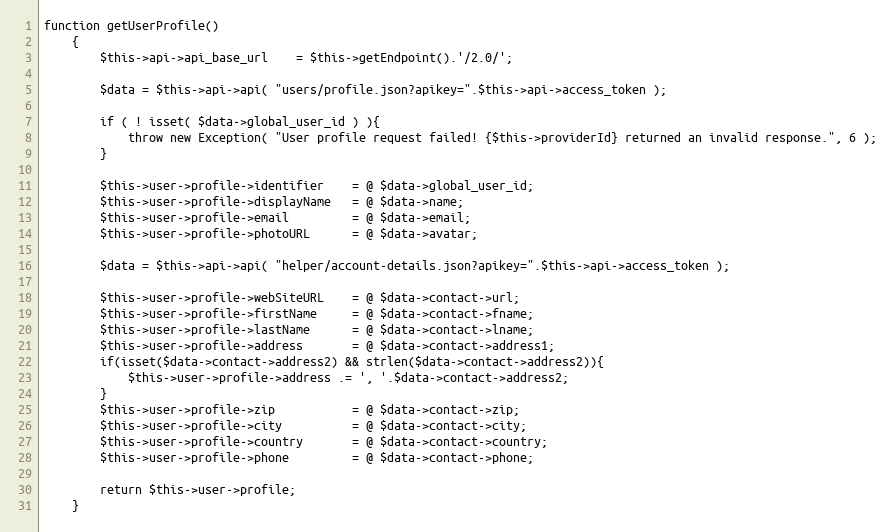
Language: PHP
function getUserProfile()
    {
        $this->api->api_base_url    = $this->getEndpoint().'/2.0/';

        $data = $this->api->api( "users/profile.json?apikey=".$this->api->access_token );

        if ( ! isset( $data->global_user_id ) ){
            throw new Exception( "User profile request failed! {$this->providerId} returned an invalid response.", 6 );
        }

        $this->user->profile->identifier    = @ $data->global_user_id;
        $this->user->profile->displayName   = @ $data->name;
        $this->user->profile->email         = @ $data->email;
        $this->user->profile->photoURL      = @ $data->avatar;

        $data = $this->api->api( "helper/account-details.json?apikey=".$this->api->access_token );

        $this->user->profile->webSiteURL    = @ $data->contact->url;
        $this->user->profile->firstName     = @ $data->contact->fname;
        $this->user->profile->lastName      = @ $data->contact->lname;
        $this->user->profile->address       = @ $data->contact->address1;
        if(isset($data->contact->address2) && strlen($data->contact->address2)){
            $this->user->profile->address .= ', '.$data->contact->address2;
        }
        $this->user->profile->zip           = @ $data->contact->zip;
        $this->user->profile->city          = @ $data->contact->city;
        $this->user->profile->country       = @ $data->contact->country;
        $this->user->profile->phone         = @ $data->contact->phone;

        return $this->user->profile;
    }